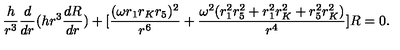
\frac { h } { r ^ { 3 } } \frac { d } { d r } ( h r ^ { 3 } \frac { d R } { d r } ) + [ \frac { ( \omega r _ { 1 } r _ { K } r _ { 5 } ) ^ { 2 } } { r ^ { 6 } } + \frac { \omega ^ { 2 } ( r _ { 1 } ^ { 2 } r _ { 5 } ^ { 2 } + r _ { 1 } ^ { 2 } r _ { K } ^ { 2 } + r _ { 5 } ^ { 2 } r _ { K } ^ { 2 } ) } { r ^ { 4 } } ] R = 0 .